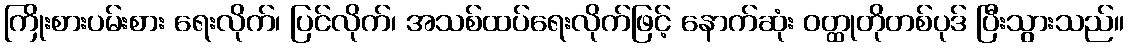
ကြိုးစားပမ်းစား ရေးလိုက်၊ ပြင်လိုက်၊ အသစ်ထပ်ရေးလိုက်ဖြင့် နောက်ဆုံး ဝတ္ထုတိုတစ်ပုဒ် ပြီးသွားသည်။